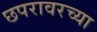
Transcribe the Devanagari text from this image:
छपरावरच्या